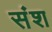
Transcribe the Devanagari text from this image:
संश